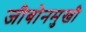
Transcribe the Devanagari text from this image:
जीबोनमुखी